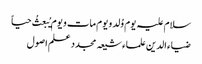
سلام علیہ یوم وُلد و یوم مات و یوم یُبعثُ حیاً
ضیاء الدین علماء شیعہ مجدد علم اصول